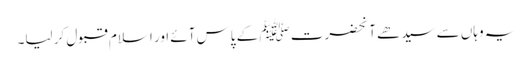
یہ وہاں سے سیدھے آنحضرت ﷺ کے پاس آئے اور اسلام قبول کر لیا۔